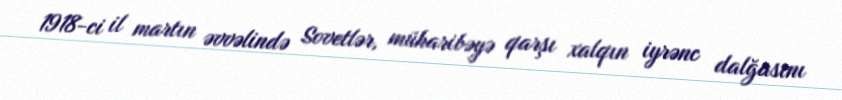
1918-ci il martın əvvəlində Sovetlər, müharibəyə qarşı xalqın iyrənc dalğasını